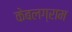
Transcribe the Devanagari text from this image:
केबलग्राम